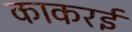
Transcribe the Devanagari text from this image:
काकरई